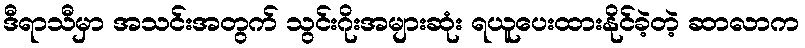
ဒီရာသီမှာ အသင်းအတွက် သွင်းဂိုးအများဆုံး ရယူပေးထားနိုင်ခဲ့တဲ့ ဆာလာက